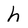
Character: h